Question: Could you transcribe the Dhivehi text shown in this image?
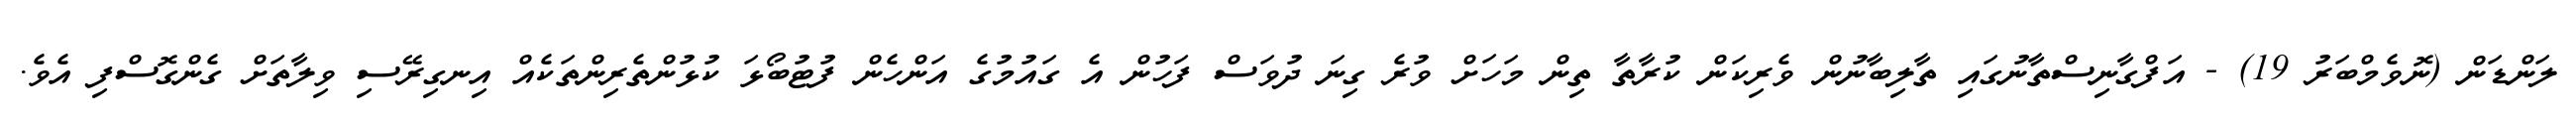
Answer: ލަންޑަން (ނޮވެމްބަރު 19) - އަފްގާނިސްތާނުގައި ތާލިބާނުން ވެރިކަން ކުރާތާ ތިން މަހަށް ވުރެ ގިނަ ދުވަސް ފަހުން އެ ގައުމުގެ އަންހެން ފުޓުބޯޅަ ކުޅުންތެރިންތަކެއް އިނގިރޭސި ވިލާތަށް ގެންގޮސްފި އެވެ.